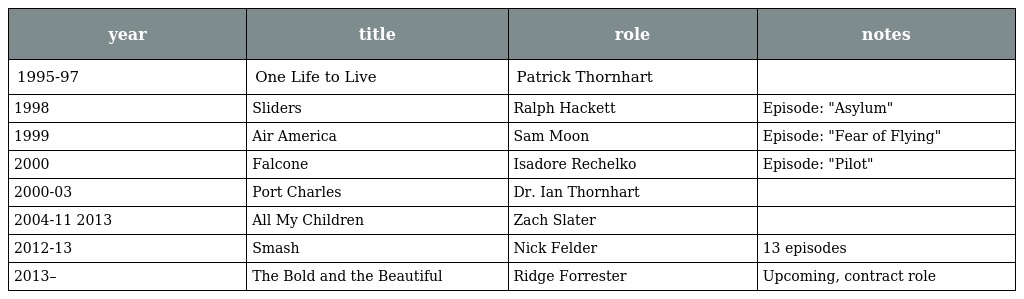
| year | title | role | notes |
 | --- | --- | --- | --- |
 | 1995-97 | One Life to Live | Patrick Thornhart |  |
 | 1998 | Sliders | Ralph Hackett | Episode: "Asylum" |
 | 1999 | Air America | Sam Moon | Episode: "Fear of Flying" |
 | 2000 | Falcone | Isadore Rechelko | Episode: "Pilot" |
 | 2000-03 | Port Charles | Dr. Ian Thornhart |  |
 | 2004-11 2013 | All My Children | Zach Slater |  |
 | 2012-13 | Smash | Nick Felder | 13 episodes |
 | 2013– | The Bold and the Beautiful | Ridge Forrester | Upcoming, contract role |